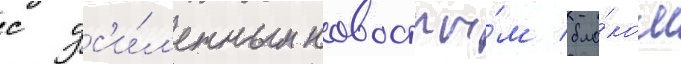
с ус'и́л'енным новостны́м бло́ком